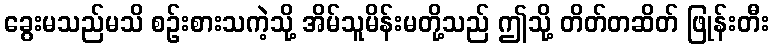
ခွေးမသည်မသိ စဉ်းစားသကဲ့သို့ အိမ်သူမိန်းမတို့သည် ဤသို့ တိတ်တဆိတ် ဖြုန်းတီး